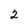
Character: 2